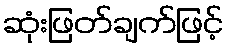
ဆုံးဖြတ်ချက်ဖြင့်